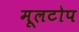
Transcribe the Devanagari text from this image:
मूलटोप